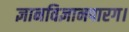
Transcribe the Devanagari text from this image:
ज्ञानविज्ञानपारग।